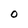
Character: 0